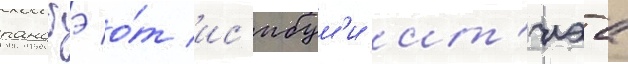
ранобэ о́т ис'ибум'и ит'иэа